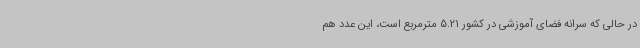
در حالی که سرانه فضای آموزشی در کشور 5.21 مترمربع است، این عدد هم